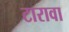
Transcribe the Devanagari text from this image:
टारावा